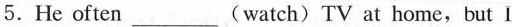
5.He often___(watch)TV at home,but I